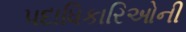
પદાધિકારિઓની